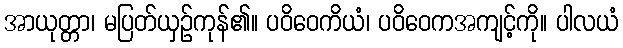
အာယုတ္တာ၊ မပြတ်ယှဉ်ကုန်၏။ ပဝိဝေကိယံ၊ ပဝိဝေကအကျင့်ကို။ ပါလယံ